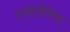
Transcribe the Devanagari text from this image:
टरबेलैरिया